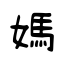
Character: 媽